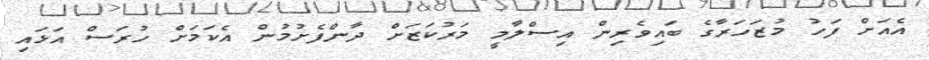
އެއަށް ފަހު މުޒަހަރާގެ ބައިވެރިން އިސްލާމީ މަރުކަޒަށް ދާންފެށުމުން އެކަމަށް ހުރަސް އަޅައި